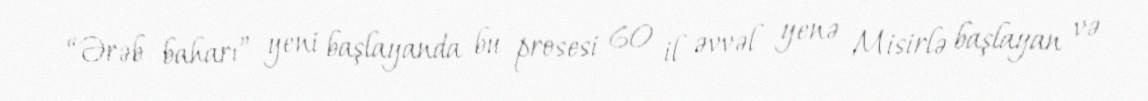
“Ərəb baharı” yeni başlayanda bu prosesi 60 il əvvəl yenə Misirlə başlayan və